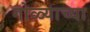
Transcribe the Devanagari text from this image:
गोळ्याच्या